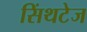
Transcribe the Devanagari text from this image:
सिंथटेज